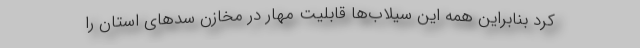
کرد بنابراین همه این سیلاب‌ها قابلیت مهار در مخازن سدهای استان را